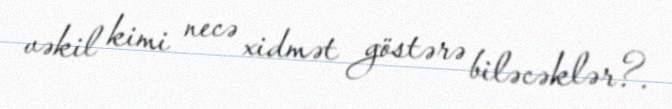
vəkil kimi necə xidmət göstərə biləcəklər?.